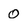
Character: 0